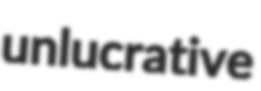
unlucrative